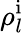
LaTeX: \rho_{l}^{\mathrm i}